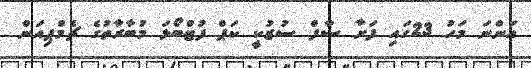
އަންނަ މަހު 23ގައި ފަށާ ސާފް ސުޒުކީ ކަޕް ފުޓްބޯޅަ މުބާރާތުގެ ޗެމްޕިއަން